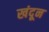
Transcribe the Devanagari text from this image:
खंदून